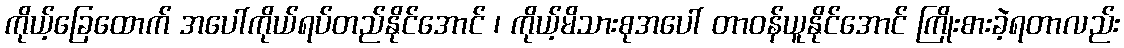
ကိုယ့်ခြေထောက် အပေါ်ကိုယ်ရပ်တည်နိုင်အောင် ၊ ကိုယ့်မိသားစုအပေါ် တာဝန်ယူနိုင်အောင် ကြိုးစားခဲ့ရတာလည်း